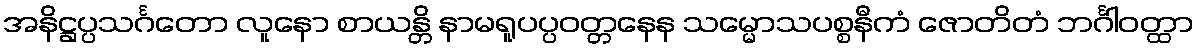
အနိဋ္ဌပ္ပသင်္ဂတော လူနော စာယန္တိ နာမရူပပ္ပဝတ္တနေန သမ္မောသပစ္စနီကံ ဇောတိတံ ဘင်္ဂါဝတ္ထာ